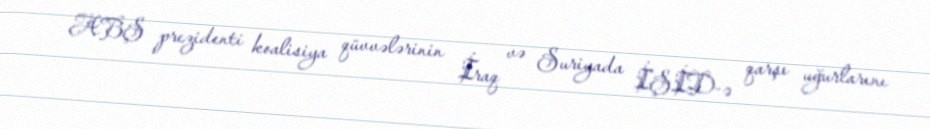
ABŞ prezidenti koalisiya qüvvələrinin İraq və Suriyada İŞİD-ə qarşı uğurlarını